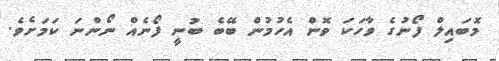
މޮބައިލް ފޯނުގެ ވާހަކަ ވޮން އެހުމުން ބޭބެ ބުނީ ފޯނެއް ނޯންނަ ކަމަށެވެ.